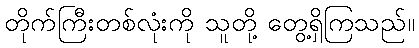
တိုက်ကြီးတစ်လုံးကို သူတို့ တွေ့ရှိကြသည်။